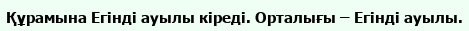
Құрамына Егінді ауылы кіреді. Орталығы – Егінді ауылы.